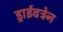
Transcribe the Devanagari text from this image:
ड्राईवट्रेन